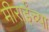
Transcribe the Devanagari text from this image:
मीराईंच्या